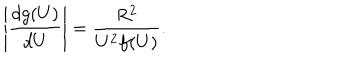
\left\vert \frac { d g ( U ) } { d U } \right\vert = \frac { R ^ { 2 } } { U ^ { 2 } f ( U ) } .